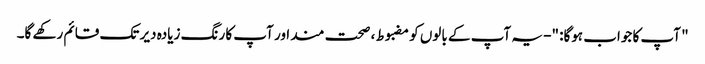
" آپ کا جواب ہوگا: "- یہ آپ کے بالوں کو مضبوط ، صحت مند اور آپ کا رنگ زیادہ دیر تک قائم رکھے گا۔